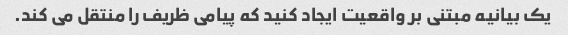
یک بیانیه مبتنی بر واقعیت ایجاد کنید که پیامی ظریف را منتقل می کند.